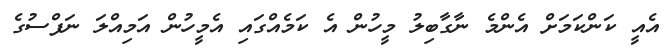
އެއީ ކަންކަމަށް އެންމެ ނާގާބިލު މީހުން އެ ކަމެއްގައި އެމީހުން އަމިއްލަ ނަފްސުގެ